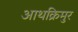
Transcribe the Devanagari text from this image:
आथक्रिमुर